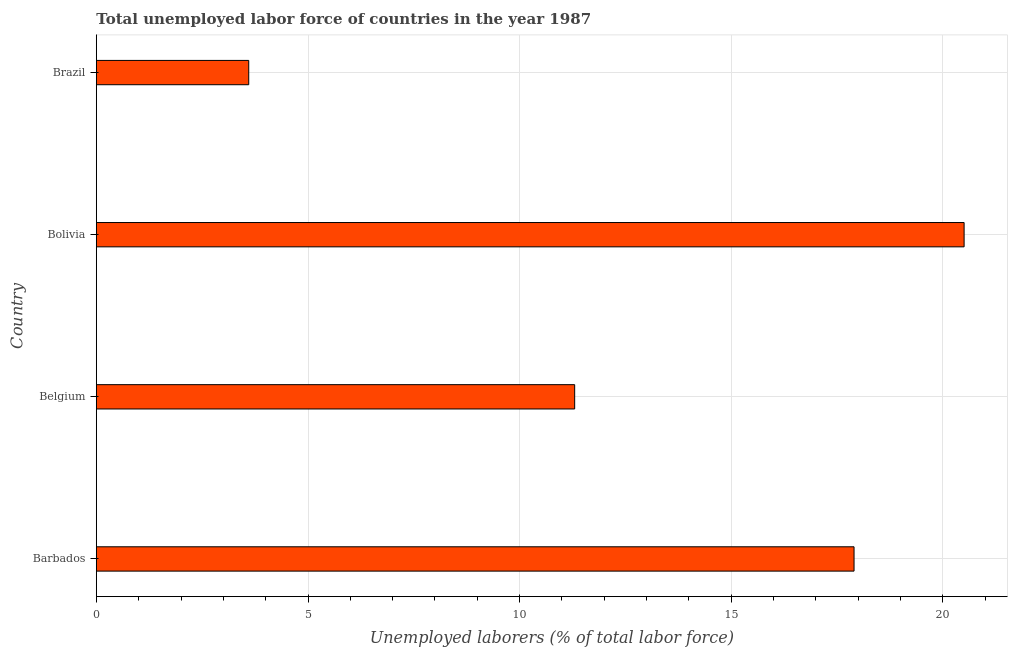
| Country | Unemployment total |
 | --- | --- |
 | Barbados | 17.9 |
 | Belgium | 11.3 |
 | Bolivia | 20.5 |
 | Brazil | 3.6 |